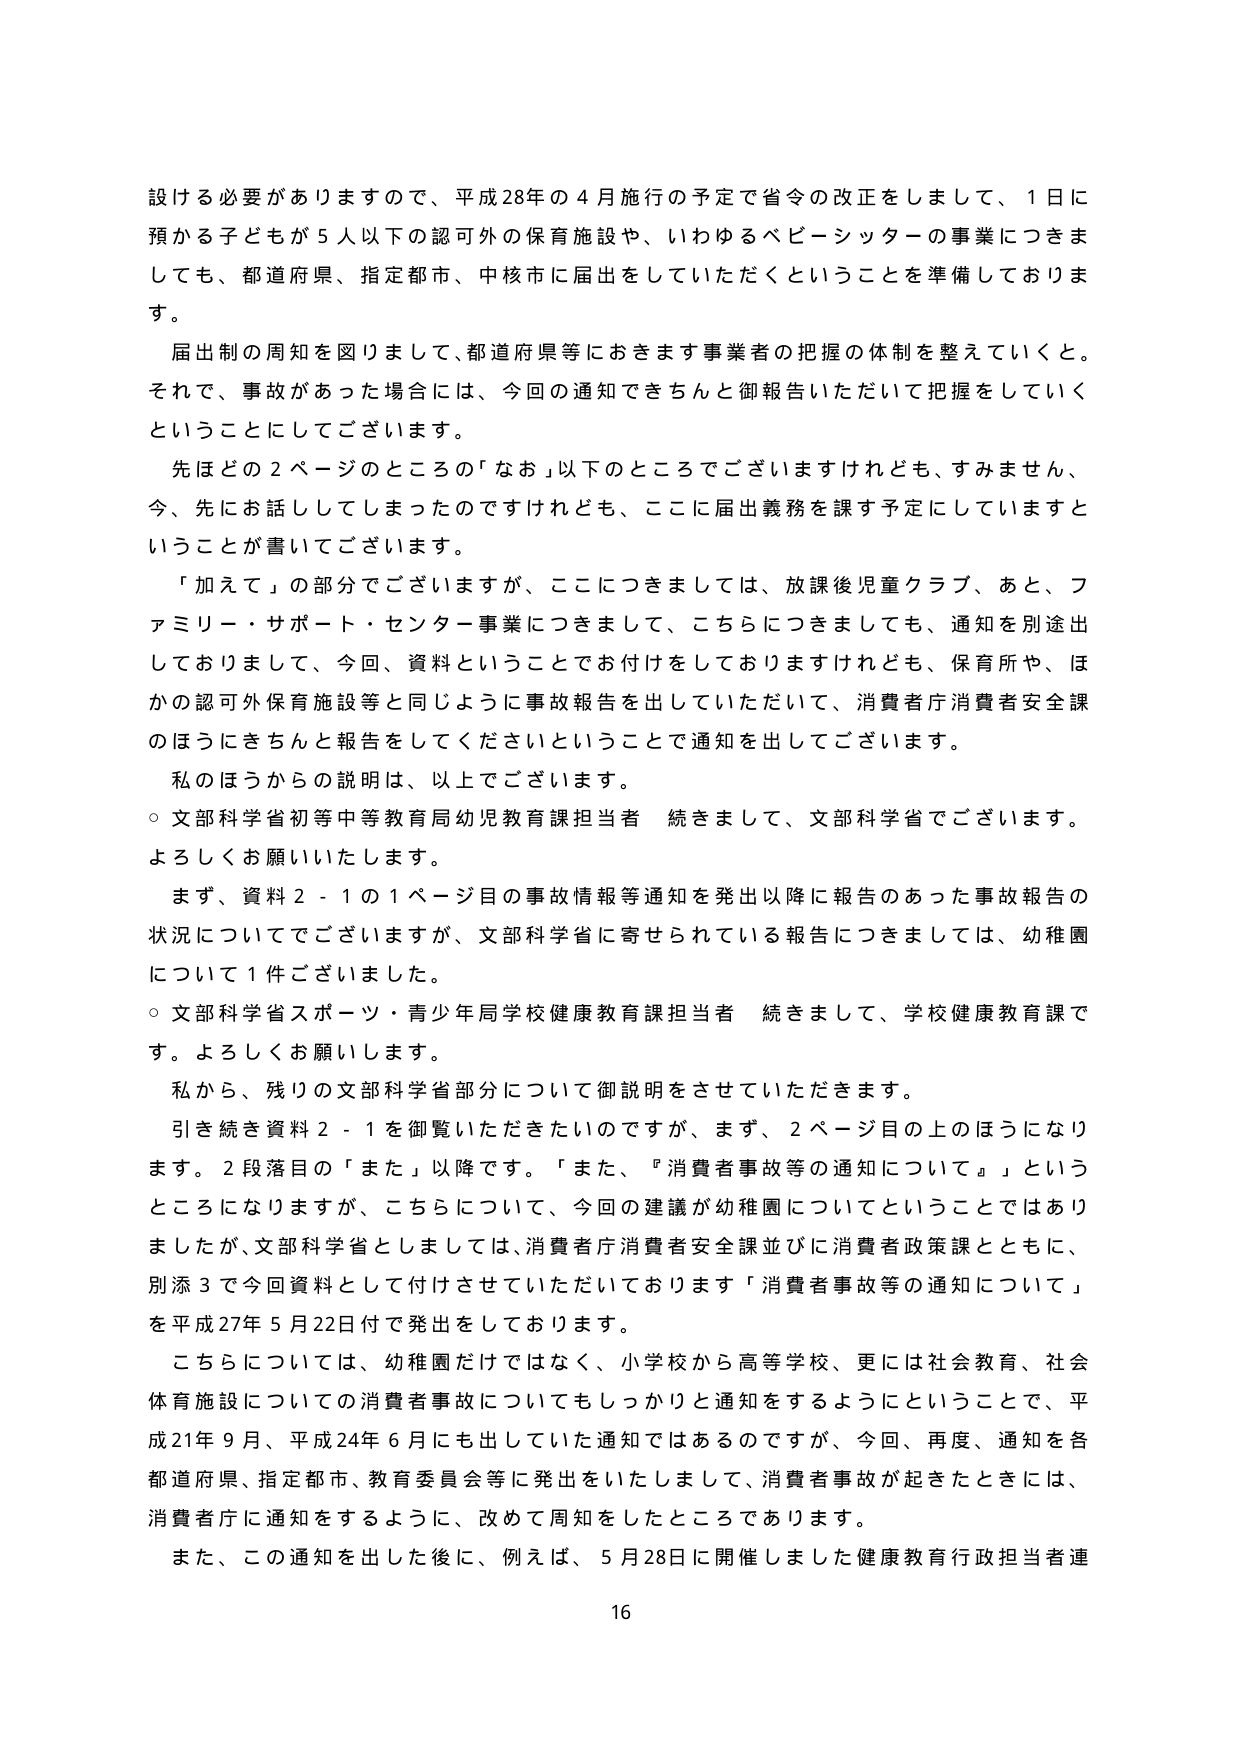
設ける必要がありますので、平成28年の4月施行の予定で省令の改正をしまして、1日に預かる子どもが5人以下の認可外の保育施設や、いわゆるベビーシッターの事業につきましても、都道府県、指定都市、中核市に届出をしていただくということを準備しております。

届出制の周知を図りまして、都道府県等におきます事業者の把握の体制を整えていくと。それで、事故があった場合には、今回の通知できちんと御報告いただいて把握をしていくということにしてございます。

先ほどの2ページのところの「なお」以下のところでございますけれども、すみません、今、先にお話ししてしまったのですけれども、ここに届出義務を課す予定にしていますということが書いてございます。

「加えて」の部分でございますが、ここにつきましては、放課後児童クラブ、あと、ファミリー・サポート・センター事業につきまして、こちらにつきましても、通知を別途出しておりまして、今回、資料ということでお付けをしておりますけれども、保育所や、ほかの認可外保育施設等と同じように事故報告を出していただいて、消費者庁消費者安全課のほうにきちんと報告をしてくださいということで通知を出してございます。

私のほうからの説明は、以上でございます。

○文部科学省初等中等教育局幼児教育課担当者　続きまして、文部科学省でございます。よろしくお願いいたします。

まず、資料2-1の1ページ目の事故情報等通知を発出以降に報告のあった事故報告の状況についてでございますが、文部科学省に寄せられている報告につきましては、幼稚園について1件ございました。

○文部科学省スポーツ・青少年局学校健康教育課担当者　続きまして、学校健康教育課です。よろしくお願いします。

私から、残りの文部科学省部分について御説明をさせていただきます。

引き続き資料2-1を御覧いただきたいのですが、まず、2ページ目の上のほうになります。2段落目の「また」以降です。「また、『消費者事故等の通知について』」というところになりますが、こちらについて、今回の建議が幼稚園についてということではありましたが、文部科学省としましては、消費者庁消費者安全課並びに消費者政策課とともに、別添3で今回資料として付けさせていただいております「消費者事故等の通知について」を平成27年5月22日付で発出をしております。

こちらについては、幼稚園だけではなく、小学校から高等学校、更には社会教育、社会体育施設についての消費者事故についてもしっかりと通知をするようにということで、平成21年9月、平成24年6月にも出していた通知ではあるのですが、今回、再度、通知を各都道府県、指定都市、教育委員会等に発出をいたしまして、消費者事故が起きたときには、消費者庁に通知をするように、改めて周知をしたところであります。

また、この通知を出した後に、例えば、5月28日に開催しました健康教育行政担当者連

16